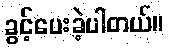
ခွင့်ပေးခဲ့ပါတယ်။